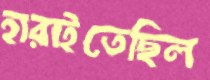
হারাইতেছিল